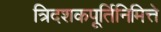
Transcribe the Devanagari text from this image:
त्रिदशकपूर्तिनिमित्ते